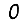
Digit: 0